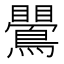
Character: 鷪